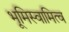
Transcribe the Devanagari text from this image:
भूमिस्वामित्व